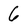
Character: 6